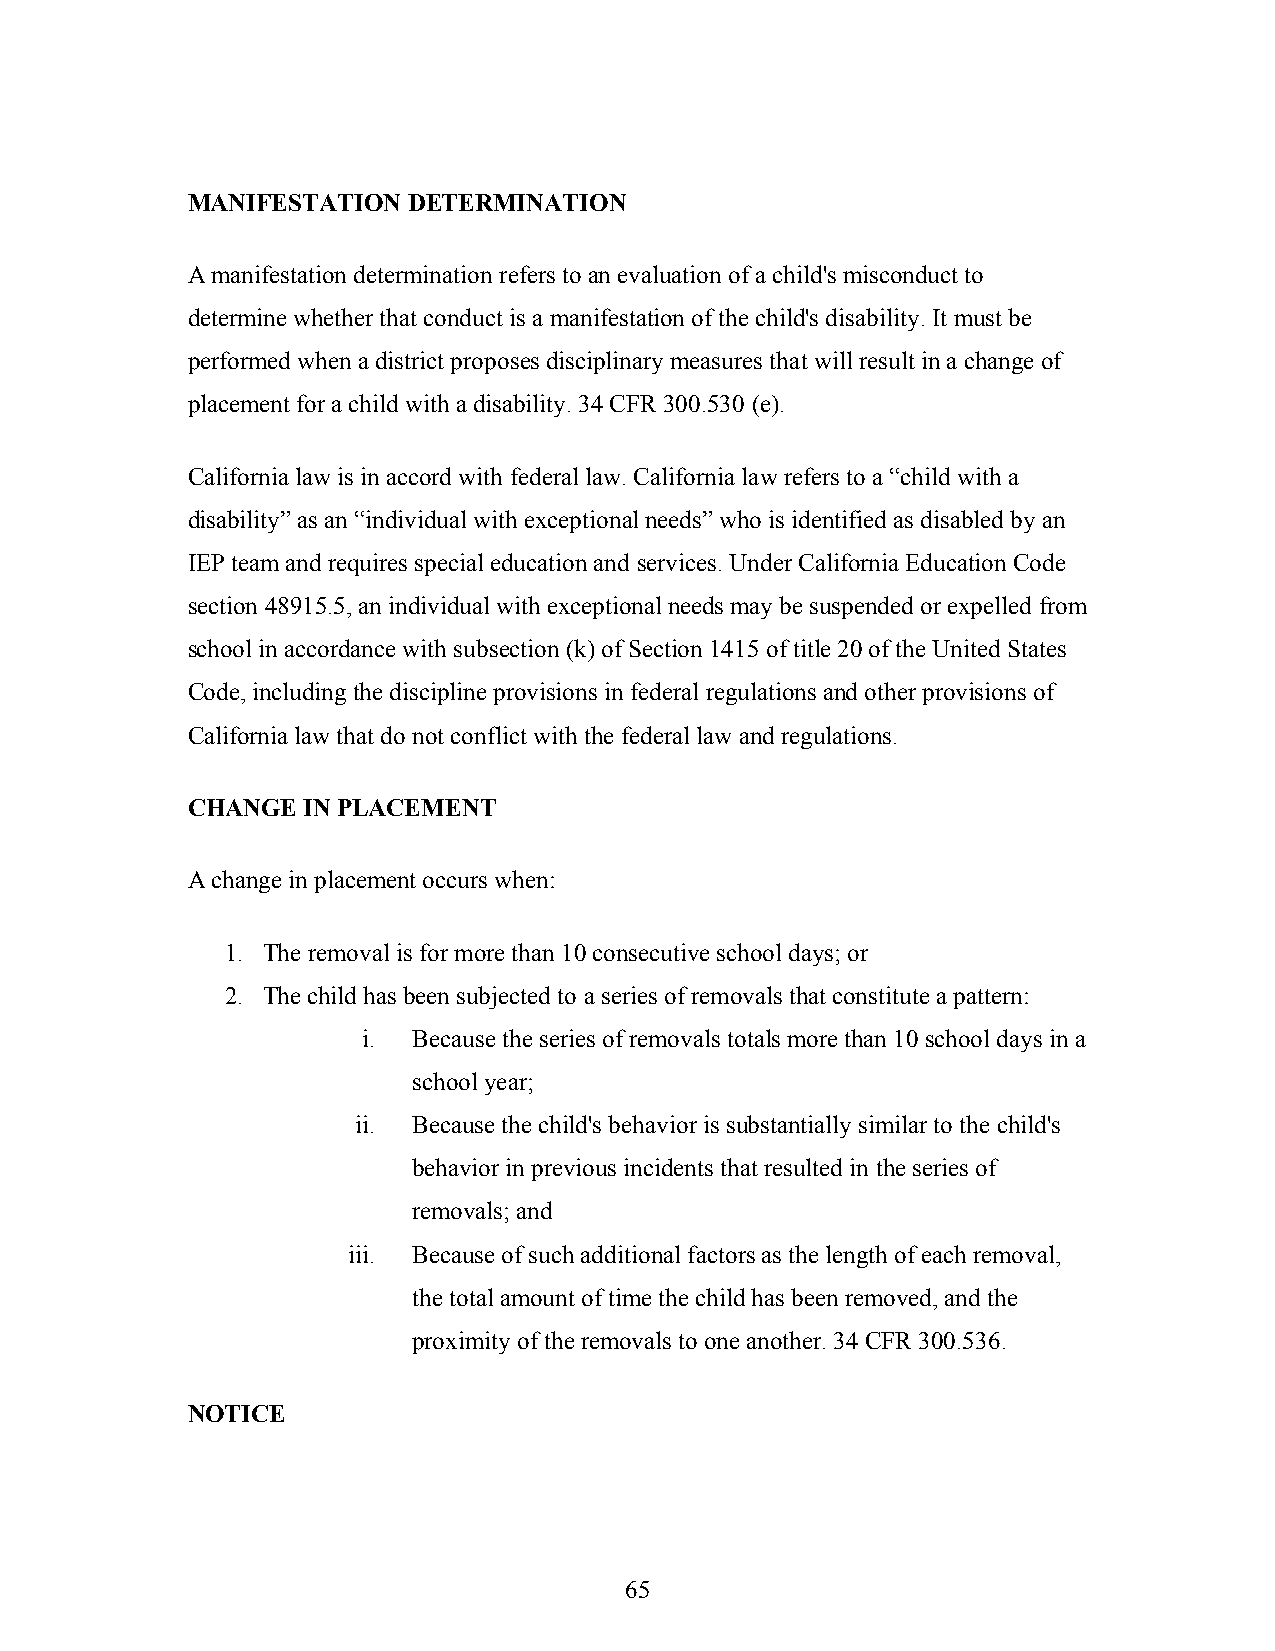
MANIFESTATION  DETERMINATION
 A manifestation determination refers to an evaluation of a child's misconduct to
 determine whether that conduct is a manifestation of the child's disability. It must be
 performed when a district proposes disciplinary measures that will result in a change of
 placement for a child with a disability. 34 CFR 300.530 (e).
 California law is in accord with federal law. California law refers to a “child with a
 disability” as an “individual with exceptional needs” who is identified as disabled by an
 IEP team and requires special education and services. Under California Education Code
 section 48915.5, an individual with exceptional needs may be suspended or expelled from
 school in accordance with subsection (k) of Section 1415 of title 20 of the United States
 Code, including the discipline provisions in federal regulations and other provisions of
 California law that do not conflict with the federal law and regulations.
 CHANGE  IN PLACEMENT
 A change in placement occurs when:
 1. The removal is for more than 10 consecutive school days; or
 2. The child has been subjected to a series of removals that constitute a pattern:
 i. Because the series of removals totals more than 10 school days in a
 school year;
 ii. Because the child's behavior is substantially similar to the child's
 behavior in previous incidents that resulted in the series of
 removals; and
 iii. Because of such additional factors as the length of each removal,
 the total amount of time the child has been removed, and the
 proximity of the removals to one another. 34 CFR 300.536.
 NOTICE
 65